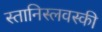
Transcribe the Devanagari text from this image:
स्तानिस्लवस्की